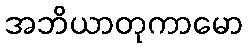
အဘိယာတုကာမော